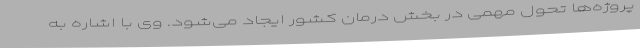
پروژه‌ها تحول مهمی در بخش درمان کشور ایجاد می‌شود. وی با اشاره به